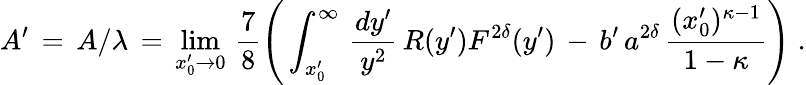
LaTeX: A^{\prime}\, =\, A/\lambda\, =\, \operatorname*{lim}_{x_{0}^{\prime}\to 0}\, \frac{7}{8}\left(\, \int_{x_{0}^{\prime}}^{\infty}\, \frac{dy^{\prime}}{y^{2}}\, R(y^{\prime})F^{2\delta}(y^{\prime})\, -\, b^{\prime}\, a^{2\delta}\, \frac{(x_{0}^{\prime})^{\kappa-1}}{1-\kappa}\right)\; .